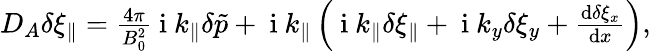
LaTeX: \begin{array}{r}{D_{A}\delta\xi_{\parallel}=\frac{4\pi}{B_{0}^{2}}\mathrm{~i~}k_{\parallel}\delta\tilde{p}+\mathrm{~i~}k_{\parallel}\left(\mathrm{~i~}k_{\parallel}\delta\xi_{\parallel}+\mathrm{~i~}k_{y}\delta\xi_{y}+\frac{\textrm{d}\delta\xi_{x}}{\textrm{d}x}\right),}\end{array}